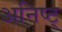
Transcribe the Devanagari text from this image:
अनिष्ट्